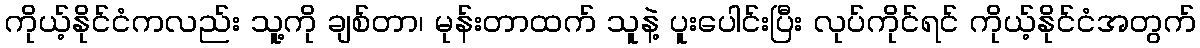
ကိုယ့်နိုင်ငံကလည်း သူ့ကို ချစ်တာ၊ မုန်းတာထက် သူနဲ့ ပူးပေါင်းပြီး လုပ်ကိုင်ရင် ကိုယ့်နိုင်ငံအတွက်